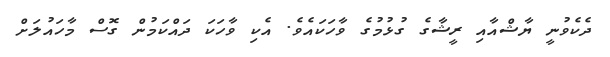
ދެކެވުނީ ޔާޝްއާއި ރީޝާގެ ގުޅުމުގެ ވާހަކައެވެ. އެކި ވާހަކަ ދައްކަމުން ގޮސް މާހައުލަށް